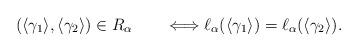
LaTeX: \begin{align*} (\langle\gamma_1\rangle,\langle\gamma_2\rangle)\in R_\alpha \qquad\Longleftrightarrow \ell_\alpha (\langle\gamma_1\rangle)=\ell_\alpha(\langle\gamma_2\rangle).\end{align*}